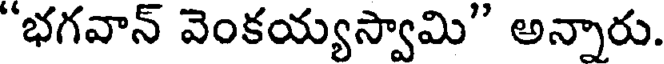
"భగవాన్ వెంకయ్యస్వామి" అన్నారు.